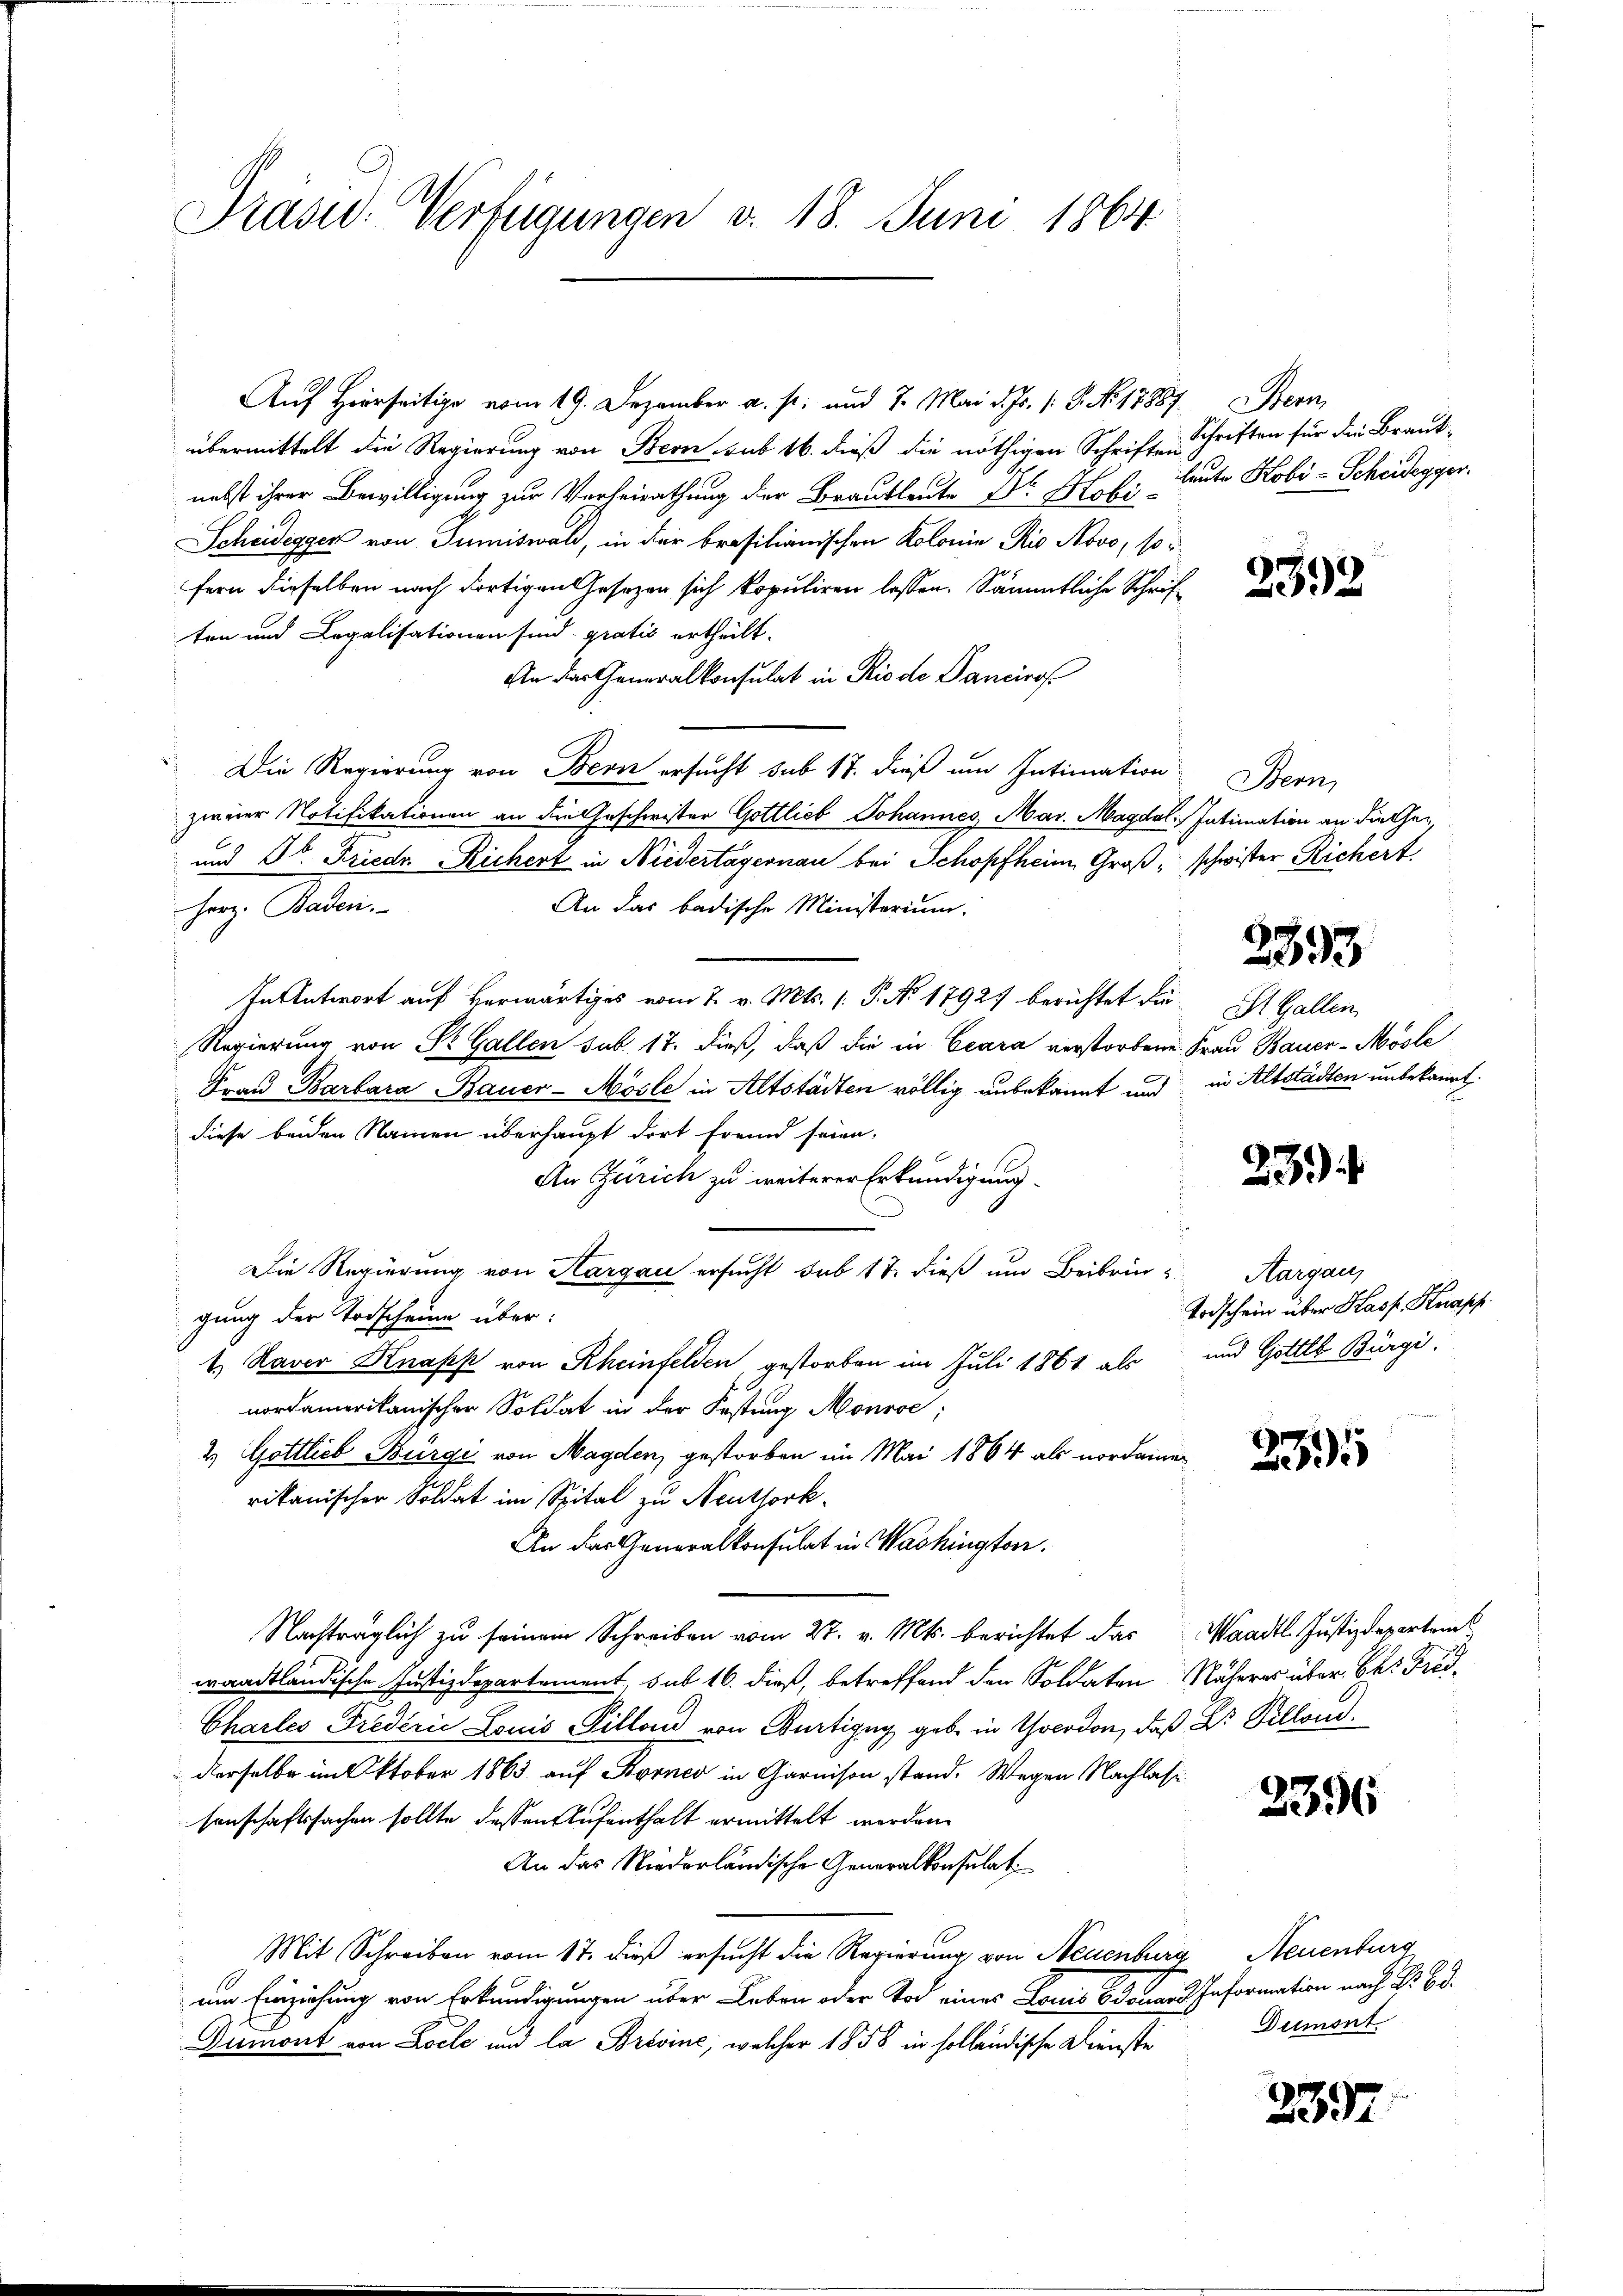
Präsid.. Verfügungen v. 18. Juni 1864

Auf Hierseitige vom 19. Dezember a. p. und 7. Mai d. Js. (: P. No. 17887.
übermittelt die Regierung von Bern sub 16. dieß die nöthigen Schriften Schriften für die Braut-
nebst ihrer Bewilligung zur Verheirathung der Brautleute Dr. Mobileute Kobi-Scheidegger.
Scheidegger von Tumiswald, in der brasilianischen Kolonia Rio Novo, soi
fern dieselben nach dortigen Gesezen sich kopuliren lassen. Sämmtliche Schriften und Legalisationen sind gratis ertheilt.
An der Generalkonsulat in Rio de Dancirof
Die Regierung von Bern ersucht sub 17. dieß um Intimation
zweier Notifikationen an die Geschwister Gottlieb Johannes, Mar. Magdal. Intimation an die her¬
und Dr. Friedr Richert in Niedertagernau bei Schopfheim Groß, schwister Richert.
Herz. Baden.
An das badische Ministerium.
In Antwort auf Herwärtiges vom 7. v. Mts. 1. P. No 17927 berichtet die¬
Regierung von St. Gallen sub. 17. dieß, daß die in Ceara verstorbene Frau Bauer-Mösle
Fraŭ Barbara Bauer-Mösle in Altstädten völlig unbekannt und in Altstädten unbekannt
diese beiden Namen überhaupt dort fremd seien.
An Zürich zu weiterer Erkundigung
¬
Die Regierung von Hargau ersucht sub 17. dieß um Beibrin-Aargau,
gung der Todscheine über:
1.) Naver Knapp von Rheinfelden gestorben im Juli 1861 als und Gottes Bürgi,
nordamerikanischer Soldat in der Festung Monrse;
2. Gottlieb Bürgi von Magden, gestorben im Mai 1864 als nordamen
rikanischer Soldat im Spital zu Neuthork
An das Generalkonsulat in Washington.
Nachträglich zu seinem Schreiben vom 27. v. Mts. berichtet das Waadt Justizdepartem
waadtländische Justizdepartement, sub 16. dieß, betreffend den Soldaten Näheres über kk. Frid¬
Charles Frederić Louis Pillon von Bürtigny geb. in Yocodon, daß Dr. Pillon
derselbe im Oktober 1863 auf Korner in Garnison stand. Wegen Nachlasse
senschaftssachen sollte dessen Aufenthalt ermittelt werden.
An das Niederländische Generalkonsulat
Mit Schreiben vom 17. dieß ersucht die Regierung von Neuenburg, Neuenburg
am Einziehung von Erkundigungen über Leben oder Tod eines Louis Betrand Information nach Dr. Bd.
Diemont von Loele und la Brosine, welcher 1856 in sollendische Dienste

Stern

2392

Bern,

2393

St. Gallen

23

Todschein über Hass Knapp

239)

2396

Demont

2397.